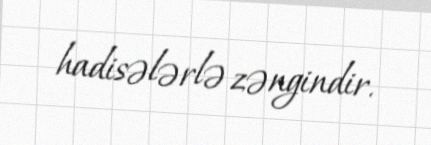
hadisələrlə zəngindir.